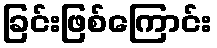
ခြင်းဖြစ်ကြောင်း